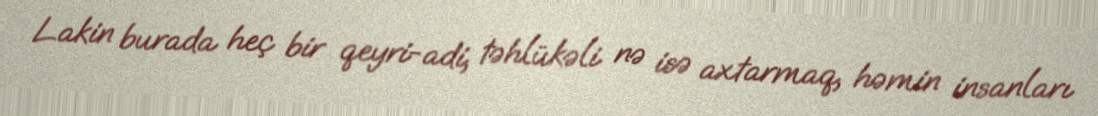
Lakin burada heç bir qeyri-adi, təhlükəli nə isə axtarmaq, həmin insanları